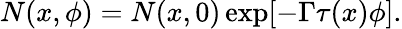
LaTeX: N(x,\phi)=N(x,0)\exp[-\Gamma\tau(x)\phi].